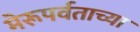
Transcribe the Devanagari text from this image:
मेरूपर्वताच्या